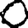
Digit: 0